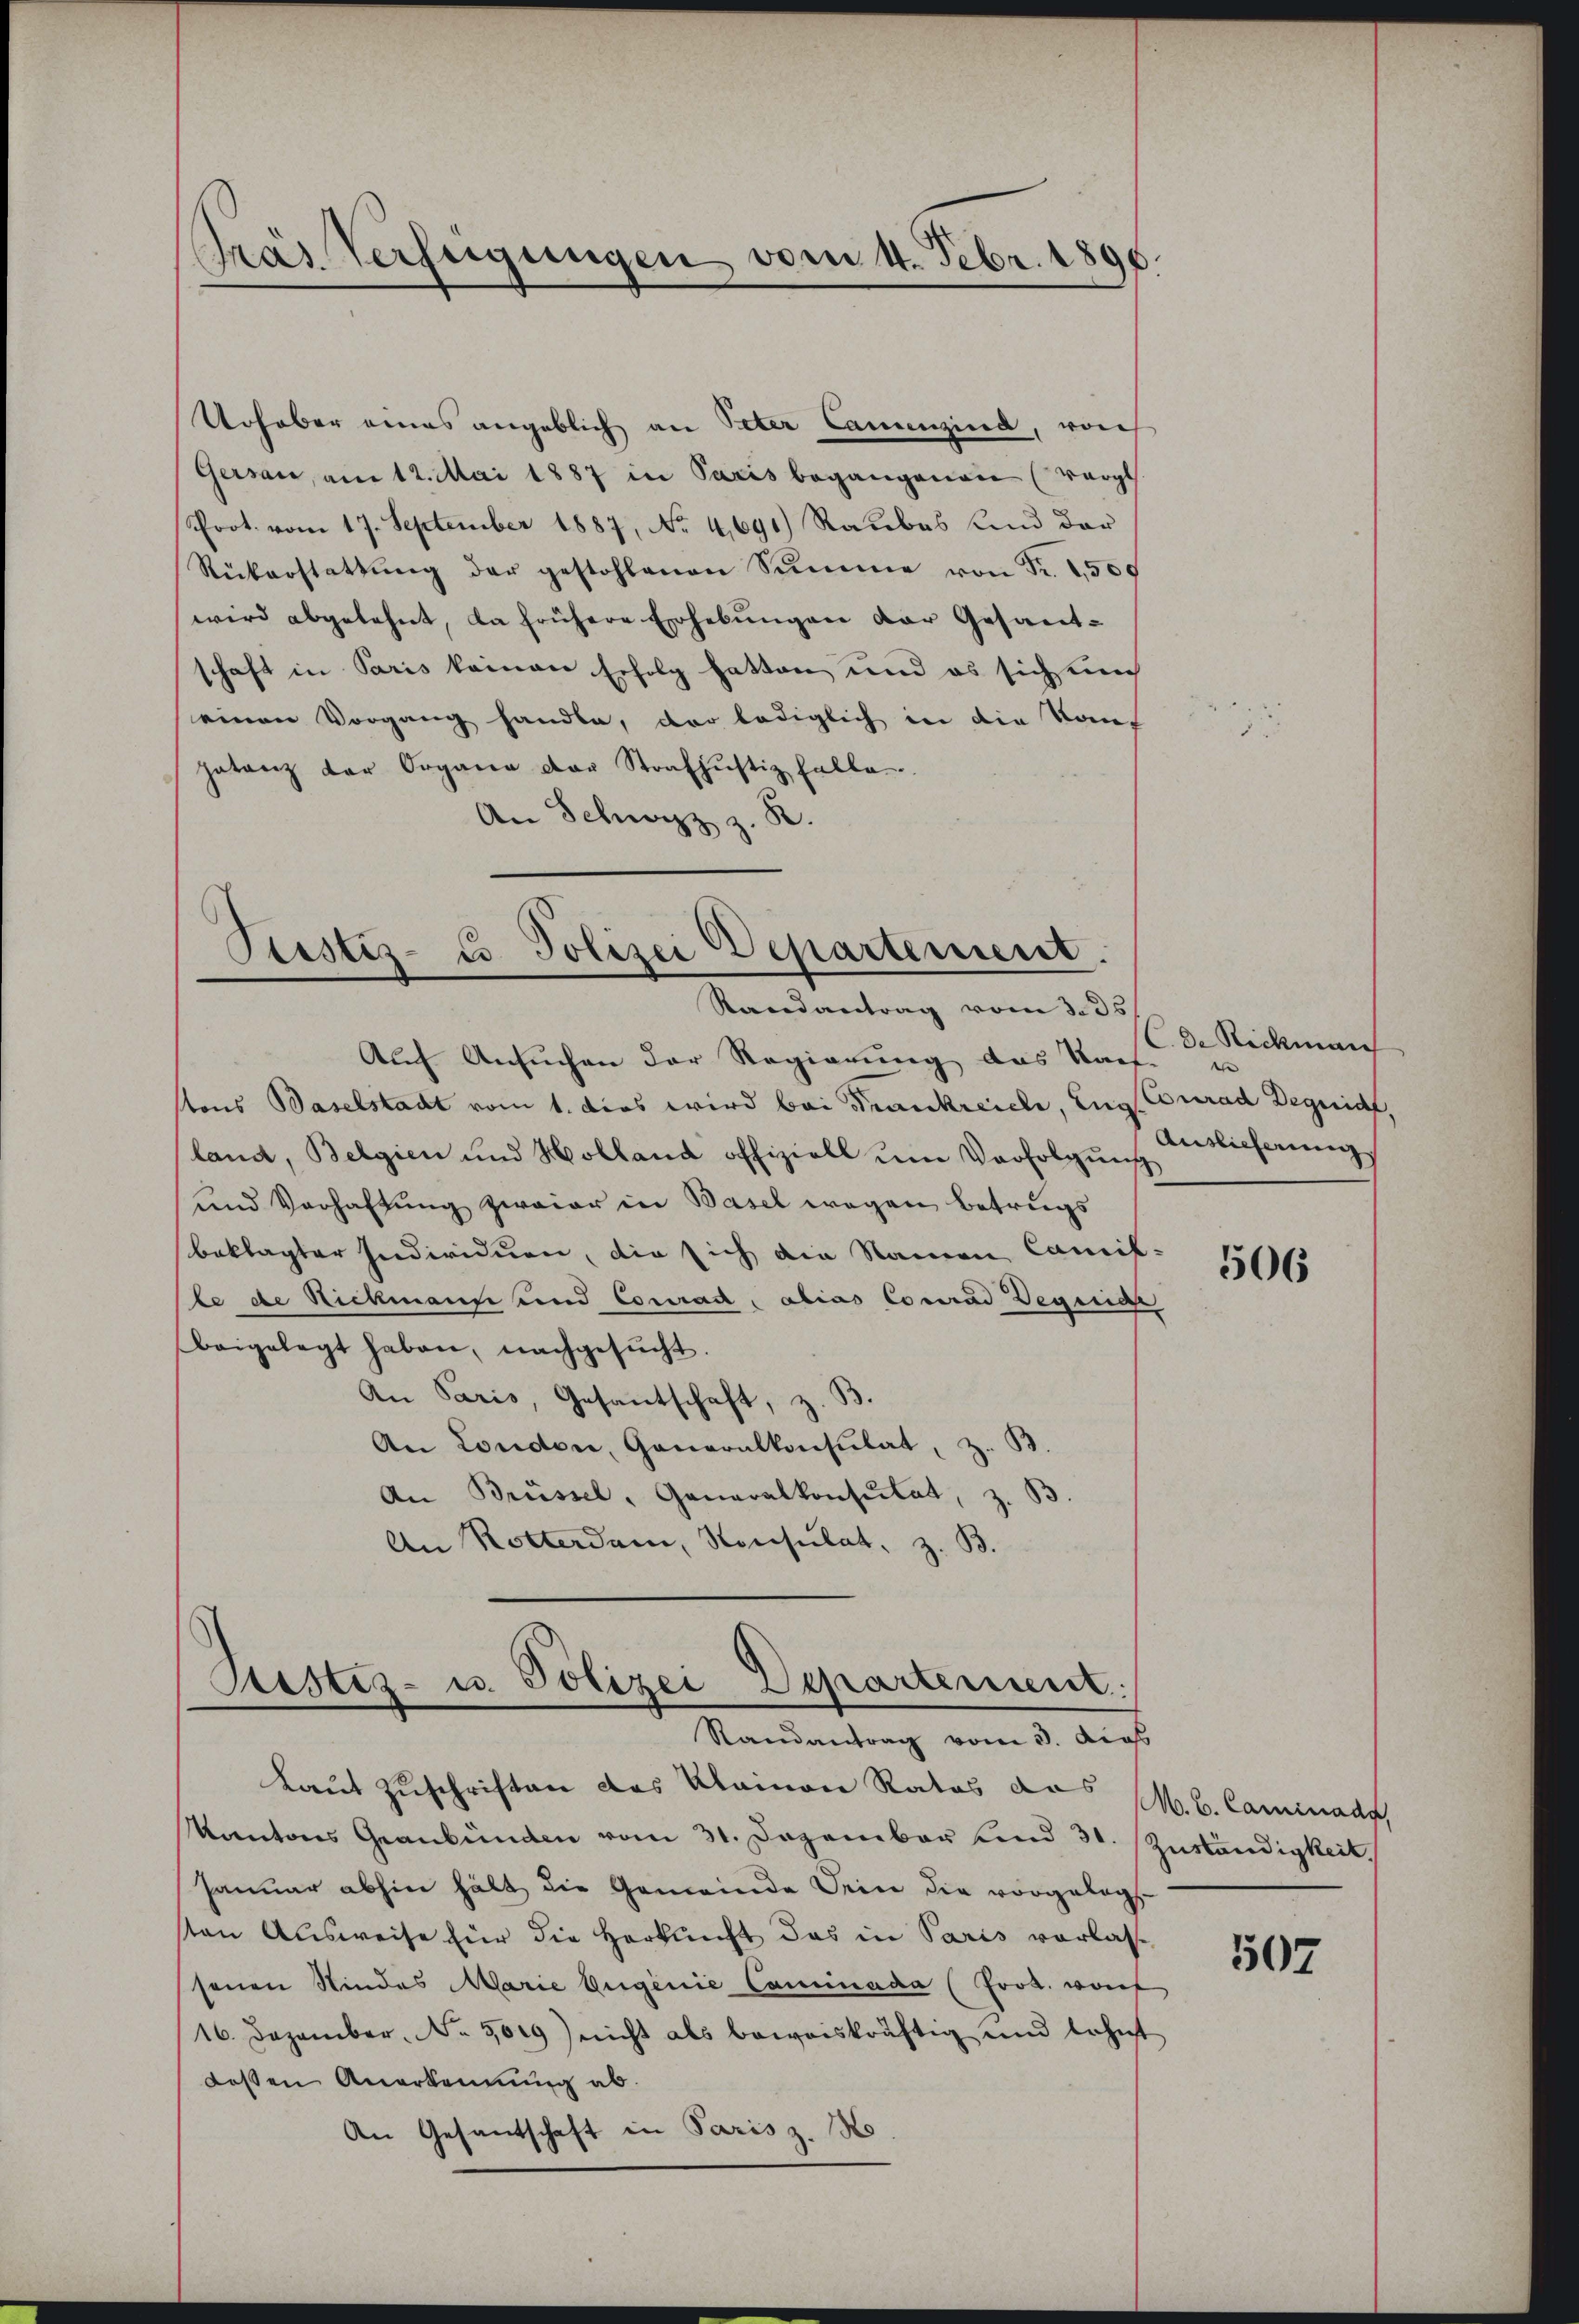
Gras Verfügungen vom 4. Febr. 1896.

Urhaber eines angeblich an Peter Camenzind, von
Gersau, am 12. Mai 1887 in Paris begangenen (Vergl
Prot. vom 17. September 1887, No 4,691 Raubes und der
Rükerstattŭng der gestohlenen Sŭmme von Fr. 1500
wird abgelehnt, da frühere Erhebungen der Gesandschaft in Paris keinen Erfolg hatten und es sich ein
einen Vorgang handle, der lediglich in die Konf
hatanz der Organe der Strafhŭstiz falle
.
An Schwyz z.

Peestes- u. Polizei Departement.
Randantrag vom 3. 35

Justiz- u. Polizei Departement.
Randantrag vom 3. Augs

Auch Ansuchen der Regierung das Kauf- u
tons Baselstadt vom 1. dies wird bei Frankreich, Engl. Conrad Degnict,
land, Belgien und Holland offiziell um Verfolgung
und Verhaltung zwaier in Basel wegen betrugs
beklagter Individuen, die sich die Namen Camis-
le de Richmann und Conrad, alias Conrad Degeige
beigelegt haben, nachgesŭcht.
An Paris, Gesantschaft, z. B.
An London, Generalkonsulat, z. B
An Brüssel, Generalkonsulat, z. B
An Rotterdam, Konsulat, z. B.

Laut Zuschriften das klainen Ratos das M. b. Caminadt,
Kantons Graubünden vom 31. Dezember und 31. Zuständigkeit.
Januar abhin hält die Gemeinde Orin die vorgelegt.
sten Ausweise für die Herkunft das in Paris vorlassenen Kindes Marie Eugenie Caminada (frot. wort
16. Dezember. No. 5009) nicht als beweiskräftig und lehnt
dessen Anerkennung ab.
An Gesandschaft in Paris z. No

C. de Rickman
Auslieferung

506

507